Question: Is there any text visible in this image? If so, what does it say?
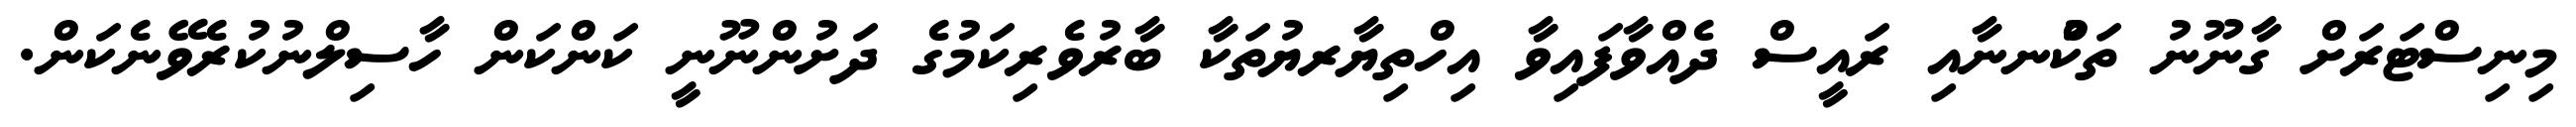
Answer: މިނިސްޓަރަށް ގާނޫނު ތަކުްނނާއި ރައީސް ދެއްވާފައިވާ އިހްތިޔާރޔުތަކާ ބާރުވެރިކަމުގެ ދަށުންނޫނީ ކަންކަން ހާސިލްނުކުރެވޭނެކަން.